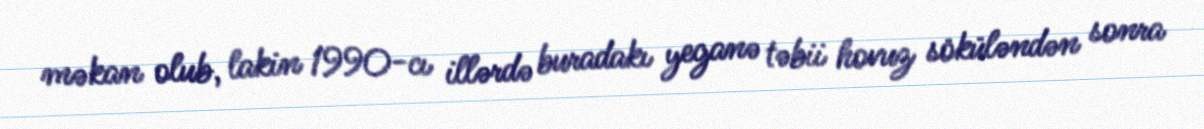
məkan olub, lakin 1990-cı illərdə buradakı yeganə təbii hovuz söküləndən sonra